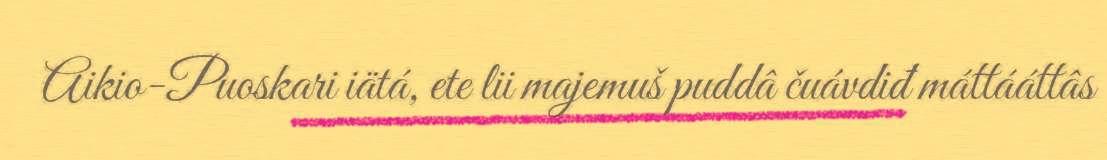
Aikio-Puoskari iätá, ete lii majemuš puddâ čuávdiđ máttááttâs